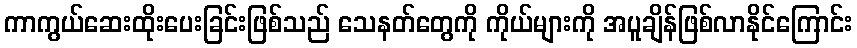
ကာကွယ်ဆေးထိုးပေးခြင်းဖြစ်သည် သေနတ်တွေကို ကိုယ်များကို အပူချိန်ဖြစ်လာနိုင်ကြောင်း